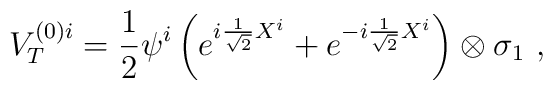
V_{T}^{(0)i}=\frac{1}{2}\psi^{i}\left(e^{i\frac{1}{\sqrt{2}}        X^{i}}+e^{-i\frac{1}{\sqrt{2}}X^{i}}\right)\otimes \sigma_1\ ,